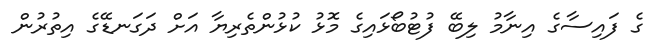
ގެ ފައިސާގެ އިނާމު ލިބޭ ފުޓުބޯޅައިގެ މޮޅު ކުޅުންތެރިޔާ އަށް ދަގަނޑޭގެ އިތުރުން